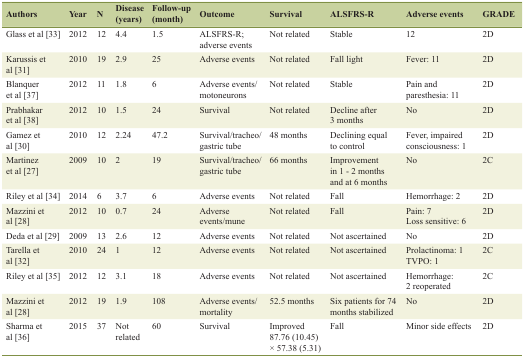
| Authors | Year | N | Disease (years) | Follow-up (month) | Outcome | Survival | ALSFRS-R | Adverse events | GRADE |
 | --- | --- | --- | --- | --- | --- | --- | --- | --- | --- |
 | Glass et al [33] | 2012 | 12 | 4.4 | 1.5 | ALSFRS-R; adverse events | Not related | Stable | 12 | 2D |
 | Karussis et al [31] | 2010 | 19 | 2.9 | 25 | Adverse events | Not related | Fall light | Fever: 11 | 2D |
 | Blanquer et al [37] | 2012 | 11 | 1.8 | 6 | Adverse events/motoneurons | Not related | Stable | Pain and paresthesia: 11 | 2D |
 | Prabhakar et al [38] | 2012 | 10 | 1.5 | 24 | Survival | Not related | Decline after 3 months | No | 2D |
 | Gamez et al [30] | 2010 | 12 | 2.24 | 47.2 | Survival/tracheo/gastric tube | 48 months | Declining equal to control | Fever, impaired consciousness: 1 | 2D |
 | Martinez et al [27] | 2009 | 10 | 2 | 19 | Survival/tracheo/gastric tube | 66 months | Improvement in 1 - 2 months and at 6 months | No | 2C |
 | Riley et al [34] | 2014 | 6 | 3.7 | 6 | Adverse events | Not related | Fall | Hemorrhage: 2 | 2D |
 | Mazzini et al [28] | 2012 | 10 | 0.7 | 24 | Adverse events/mune | Not related | Fall | Pain: 7Loss sensitive: 6 | 2D |
 | Deda et al [29] | 2009 | 13 | 2.6 | 12 | Adverse events | Not related | Not ascertained | No | 2D |
 | Tarella et al [32] | 2010 | 24 | 1 | 12 | Adverse events | Not related | Not ascertained | Prolactinoma: 1TVPO: 1 | 2C |
 | Riley et al [35] | 2012 | 12 | 3.1 | 18 | Adverse events | Not related | Not ascertained | Hemorrhage: 2 reoperated | 2C |
 | Mazzini et al [28] | 2012 | 19 | 1.9 | 108 | Adverse events/mortality | 52.5 months | Six patients for 74 months stabilized | No | 2D |
 | Sharma et al [36] | 2015 | 37 | Not related | 60 | Survival | Improved 87.76 (10.45) × 57.38 (5.31) | Fall | Minor side effects | 2D |